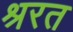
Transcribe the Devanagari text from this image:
श्ररत